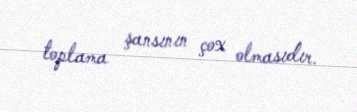
toplama şansının çox olmasıdır.